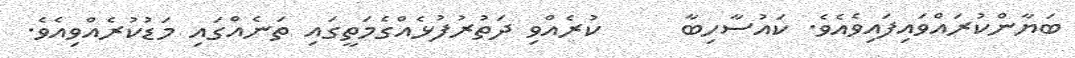
ބަޔާންކުރައްވައިފައިވެއެވެ. ކައުސާހިބާ     ކުރެއްވި ދަތުރުފުޅެއްގެމަތީގައި ތަނެއްގައި މަޑުކުރެއްވިއެވެ.